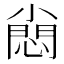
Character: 𡮮